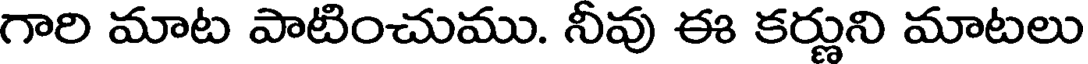
గారి మాట పాటించుము. నీవు ఈ కర్ణుని మాటలు